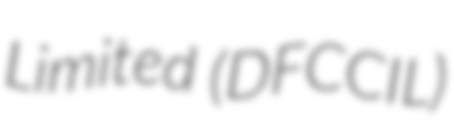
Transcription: Limited (DFCCIL)